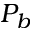
P _ { b }